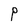
Character: P